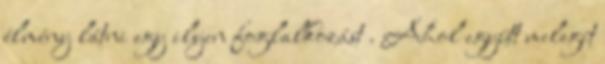
élmény látni egy ilyen foglalkozást . Ahol együtt melegít